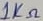
Text: 1KΩ